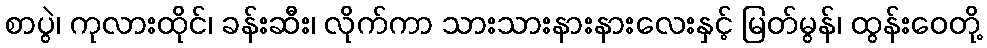
စာပွဲ၊ ကုလားထိုင်၊ ခန်းဆီး၊ လိုက်ကာ သားသားနားနားလေးနှင့် မြတ်မွန်၊ ထွန်းဝေတို့